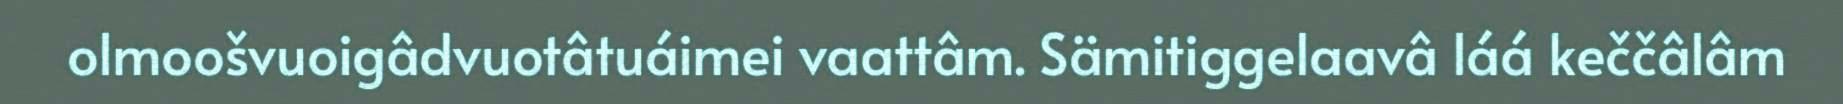
olmoošvuoigâdvuotâtuáimei vaattâm. Sämitiggelaavâ láá keččâlâm